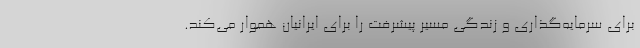
برای سرمایه‌گذاری و زندگی مسیر پیشرفت را برای ایرانیان هموار می‌کند.